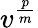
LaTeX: v^{\frac{p}{m}}